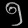
Digit: ၅